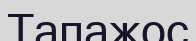
Тапажос